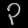
Digit: ၃